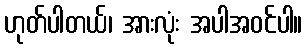
ဟုတ်ပါတယ်၊ အားလုံး အပါအဝင်ပါ။